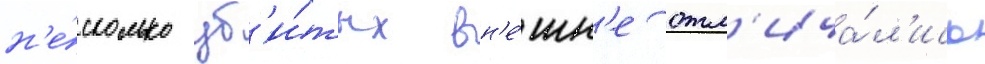
н'е́сколько уб'и́тых вн'е́шн'е отл'ича́л'ись